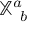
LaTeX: \mathbb { X } _ { ~ b } ^ { a }